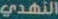
النهدي